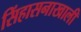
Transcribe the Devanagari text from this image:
सिंहासनाखाली